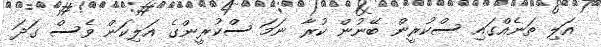
އަލި ތަނެއްގައި ސްކުރީން ބޭނުން ކުރާ ނަމަ ސްކުރީންގެ އަލިކަން ވެސް ގަދަ